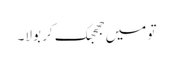
تو میں جھجھک کر بولا۔